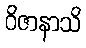
ဝိဇာနာသိ